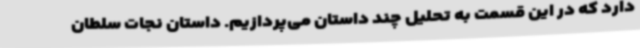
دارد که در این قسمت به تحلیل چند داستان می‌پردازیم. داستان نجات سلطان